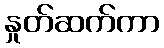
နှုတ်ဆက်ကာ